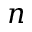
n